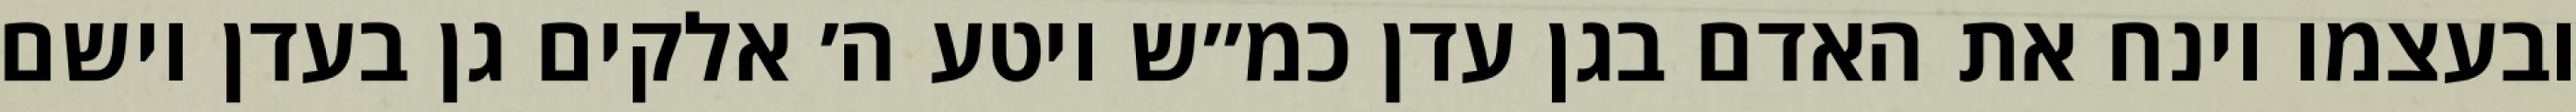
ובעצמו וינח את האדם בגן עדן כמ״ש ויטע ה׳ אלקים גן בעדן וישם